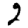
Digit: 2